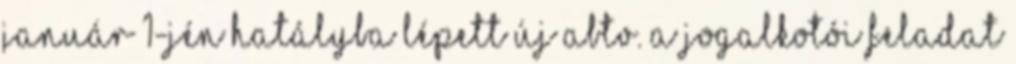
január 1-jén hatályba lépett új Abtv. a jogalkotói feladat